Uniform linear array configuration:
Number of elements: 8
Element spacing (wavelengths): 1
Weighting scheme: cosine
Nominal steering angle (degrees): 45
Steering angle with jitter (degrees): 46.457
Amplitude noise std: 0.05
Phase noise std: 0.05

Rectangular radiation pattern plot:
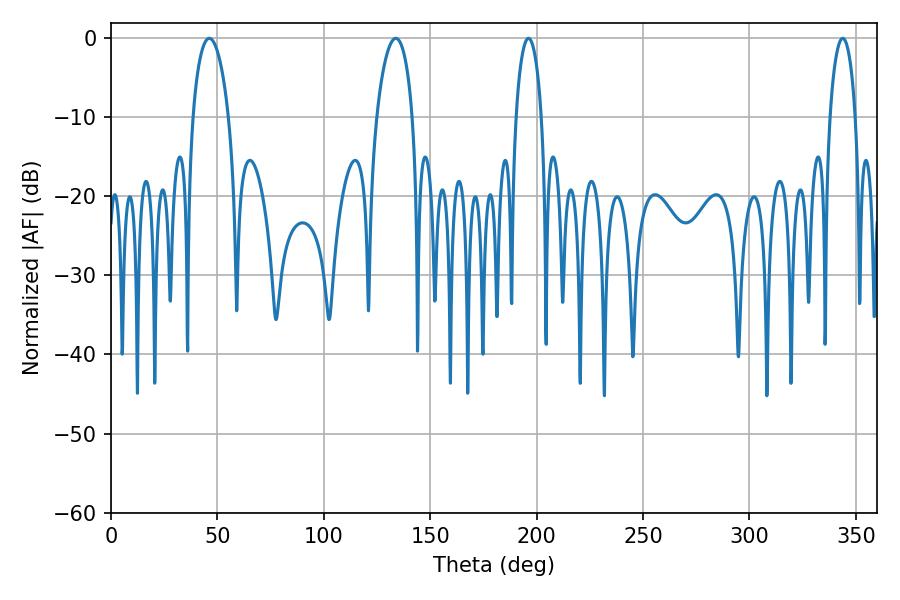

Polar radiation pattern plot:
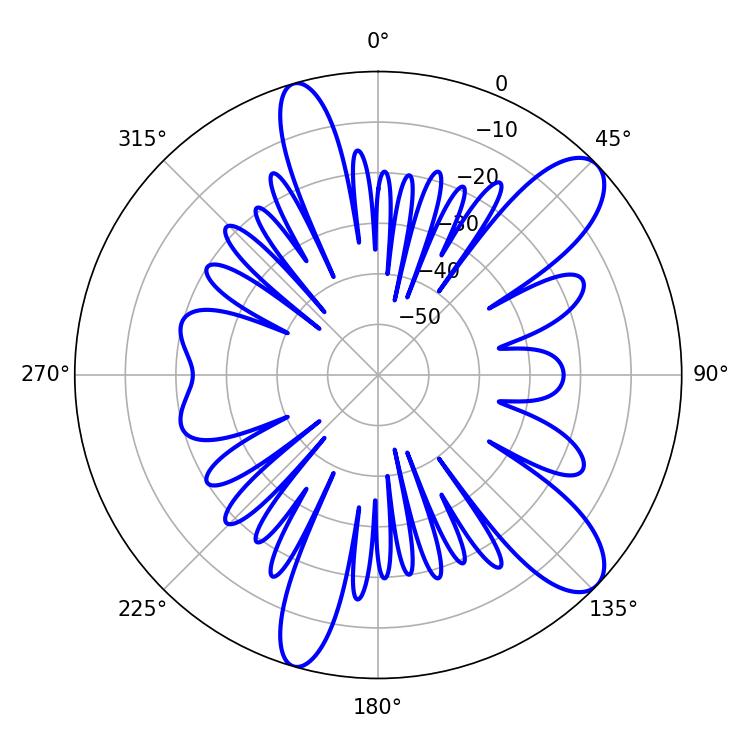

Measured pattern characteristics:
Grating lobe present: TRUE
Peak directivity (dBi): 10.365
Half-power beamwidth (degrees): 6.84
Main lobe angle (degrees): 196.2